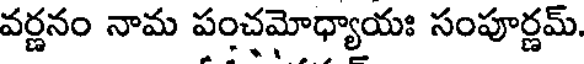
వర్ణనం నామ పంచమోధ్యాయః సంపూర్ణమ్.